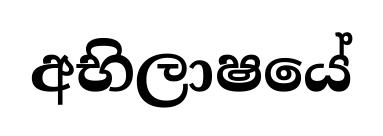
අභිලාෂයේ